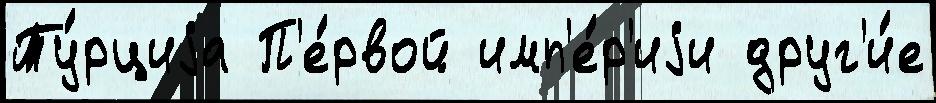
Ту́рциjа П'е́рвой имп'е́р'иjи друг'и́е